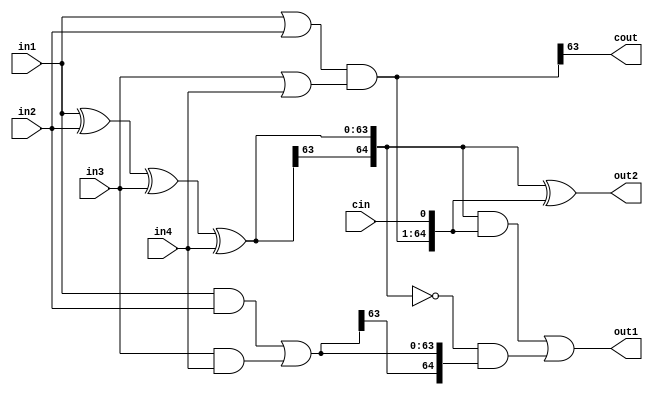

module compressor42(
    in1,in2,in3,in4,cin,out1,out2,cout
);
    parameter length = 32;
    input   [length*2-1 : 0]  in1,in2,in3,in4;
    input                     cin;
    output  [length*2 : 0]  out1,out2;
    output                    cout;
    wire    [length*2-1 : 0]  w1,w2,w3;

assign w1 = in1 ^ in2 ^ in3 ^ in4;
assign w2 = (in1 & in2) | (in3 & in4);
assign w3 = (in1 | in2) & (in3 | in4);

assign out2 = { w1[length*2-1] , w1} ^ {w3 , cin};
assign cout = w3[length*2-1];
assign out1 = ({ w1[length*2-1] , w1} & {w3 , cin}) | (( ~{w1[length*2-1] , w1}) & { w2[length*2-1] , w2});

endmodule